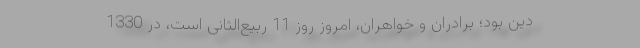
دین بود؛ برادران و خواهران، امروز روز 11 ربیع‌الثانی است، در 1330